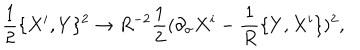
{ \frac { 1 } { 2 } } \{ X ^ { i } , Y \} ^ { 2 } \rightarrow R ^ { - 2 } { \frac { 1 } { 2 } } ( \partial _ { \sigma } X ^ { i } - { \frac { 1 } { R } } \{ Y , X ^ { i } \} ) ^ { 2 } ,